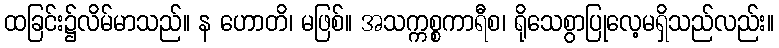
ထခြင်း၌လိမ်မာသည်။ န ဟောတိ၊ မဖြစ်။ အသက္ကစ္စကာရီစ၊ ရိုသေစွာပြုလေ့မရှိသည်လည်း။